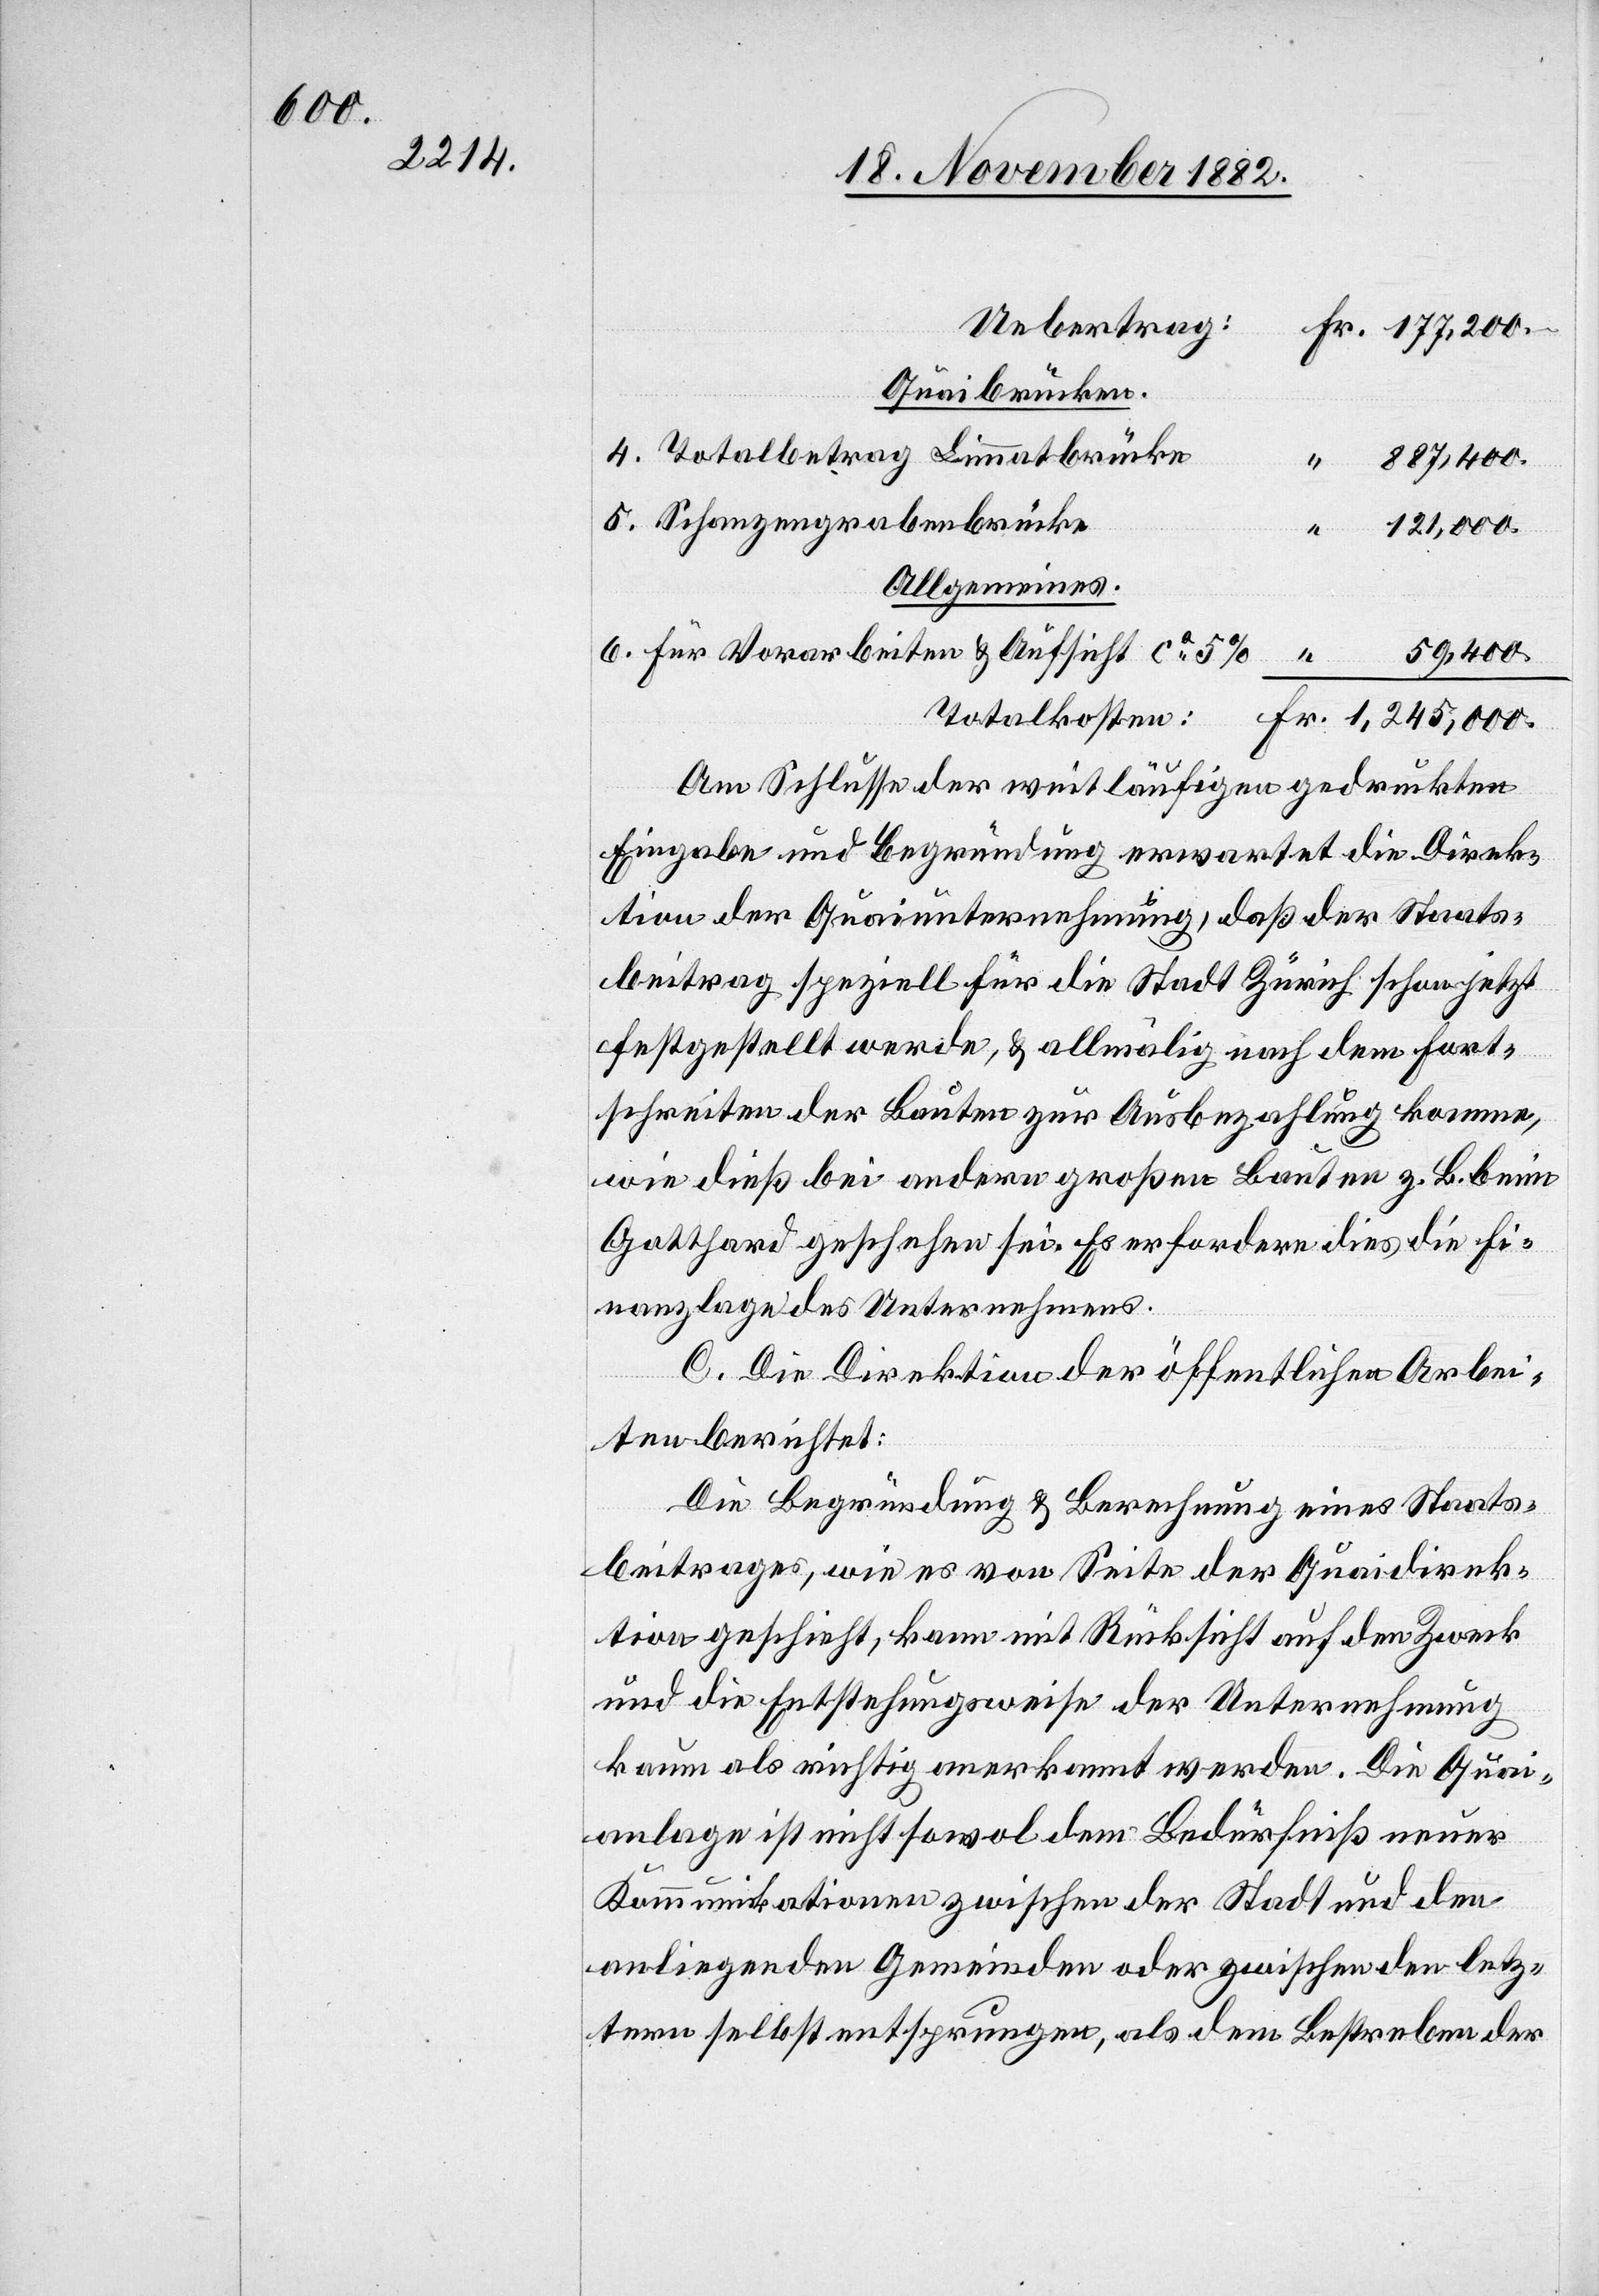
Quaibrücken.
4. Totalbetrag Limmatbrücke
“
887,400.
5. Schanzengrabenbrücke
1,245,000.
Allgemeines.
6. Für Vorabreiten & Aufsicht ca 5%
59,400.
Am Schlusse der weitläufigen gedruckten
Eingabe und Begründung erwartet die Direk¬
tion der Quaiunternehmung, daß der Staats¬
beitrag speziell für die Stadt Zürich schon jetzt
festgestellt werde, & allmälig nach dem Fort¬
Fr.
schreiten der Bauten zur Ausbezahlung komme,
wie dieß bei andern großen Bauten z. B. beim
Gotthard geschehen sei. Es erfordere dies die Fi¬
nanzlage des Unternehmens.
C: Die Direktion der öffentlichen Arbei¬
ten berichtet:
Die Begründung & Berechnung eines Staats¬
beitrages, wie es von Seite der Quaidirek¬
tion geschieht, kann mit Rücksicht auf den Zweck
und die Entstehungsweise der Unternehmung
kaum als richtig anerkannt werden. Die Quai¬
anlage ist nicht sowol dem Bedürfniß neuer
Kommunikationen zwischen der Stadt und den
anliegenden Gemeinden oder zwischen den letz¬
tern selbst entsprungen, als dem Bestreben der